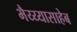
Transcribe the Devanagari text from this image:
भैय्य्यासाहेब